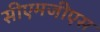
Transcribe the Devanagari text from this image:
सीएमजीएस